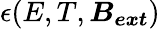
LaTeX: \epsilon(E,T,\boldsymbol{B_{ext}})